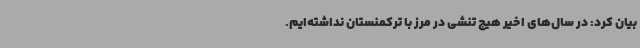
بیان کرد: در سال‌های اخیر هیچ تنشی در مرز با ترکمنستان نداشته‌ایم.